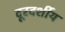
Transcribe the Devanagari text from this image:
दूरदर्शीय